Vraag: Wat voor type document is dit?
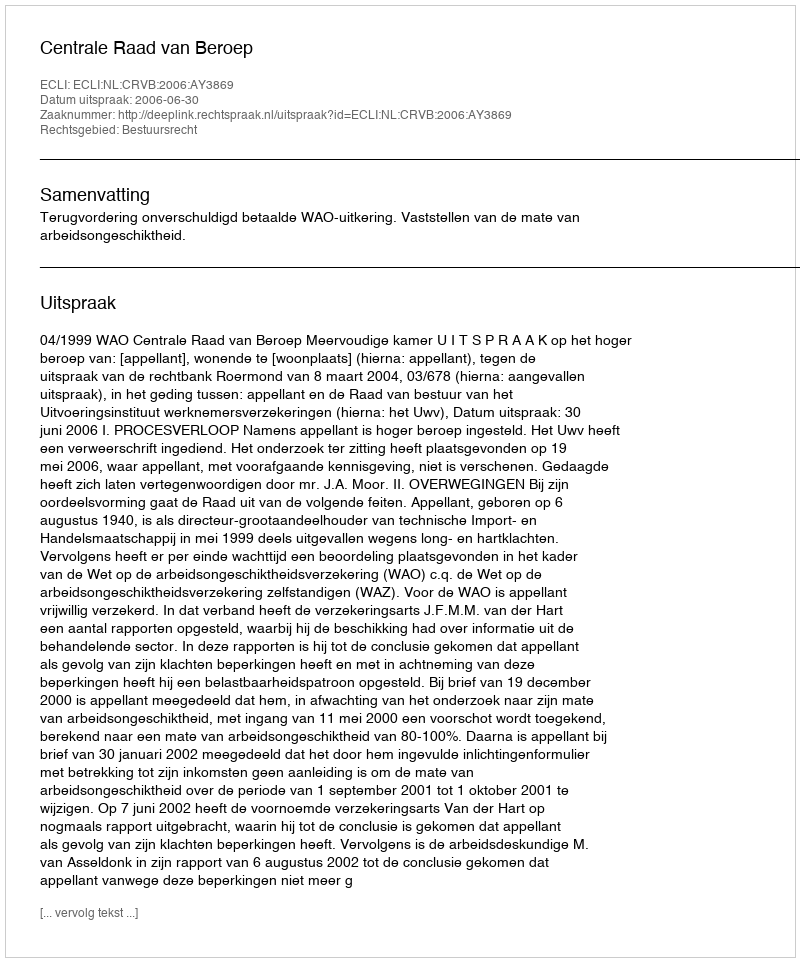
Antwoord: Uitspraak